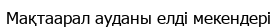
Мақтаарал ауданы елді мекендері